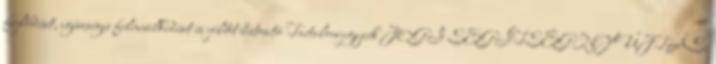
fejlődését, egészséges felnevelkedését és jólétét biztosító Tartalomjegyzék JOGI SEGÍTSÉGNYÚJTÁS.